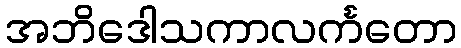
အဘိဒေါသကာလင်္ကတော